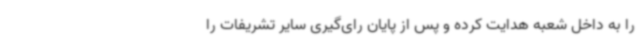
را به داخل شعبه هدایت کرده و پس از پایان رای‌گیری سایر تشریفات را